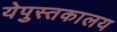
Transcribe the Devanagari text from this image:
येपुस्तकालय